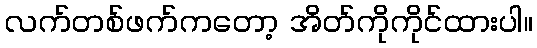
လက်တစ်ဖက်ကတော့ အိတ်ကိုကိုင်ထားပါ။